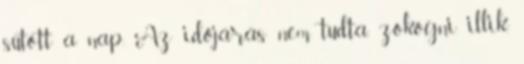
sütött a nap. Az időjárás nem tudta, zokogni illik,